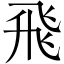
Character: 飛